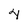
Character: 4